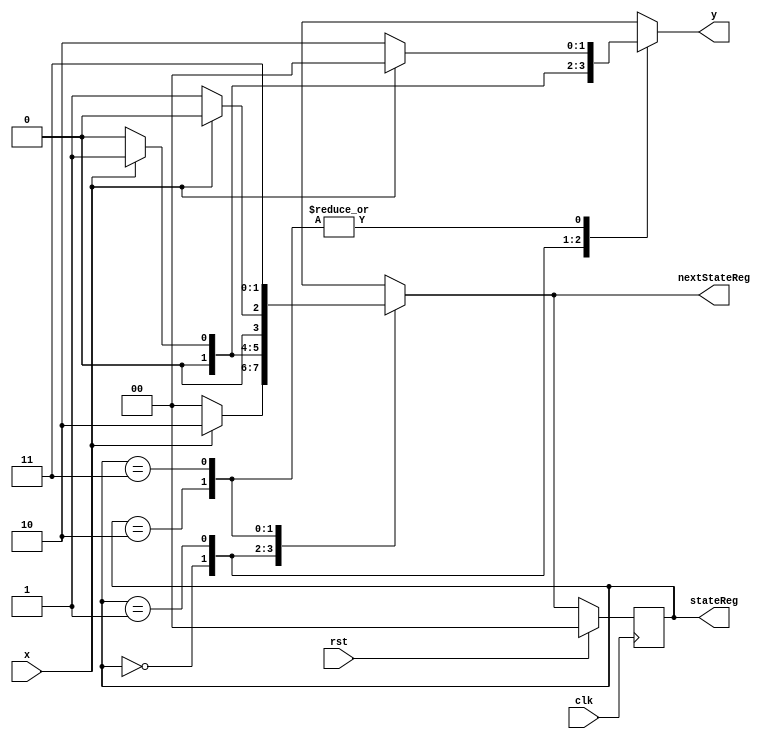
`timescale 1ns / 1ns

module source(y, stateReg, nextStateReg, x, rst, clk);

output reg [1:0]y;
input wire x;
input wire rst;
input wire clk;
parameter S0 = 2'b00,
	S1 = 2'b01,
	S2 = 2'b10,
	S3 = 2'b11;

	
output reg [1:0] stateReg;
output reg [1:0] nextStateReg;

initial begin
	stateReg <= S0;
end

always@(x, stateReg) begin
	case(stateReg)
		S0: begin
			if(x == 0) begin
				nextStateReg <= S0;
				y <= 2'b01;
			end
			else begin
				nextStateReg <= S2;
				y <= 2'b00;
			end
		end
		S1: begin
			if(x == 0) begin
				nextStateReg <= S0;
				y <= 2'b00;
			end
			else begin
				nextStateReg <= S1;
				y <= 2'b01;
			end
		end
		S2: begin
			if(x == 0) begin
				nextStateReg <= S1;
				y <= 2'b10;
			end
			else begin
				nextStateReg <= S0;
				y <= 2'b00;
			end
		end
		S3: begin
			if(x == 0) begin
				nextStateReg <= S3;
				y <= 2'b10;
			end
			else begin
				nextStateReg <= S3;
				y <= 2'b00;
			end

		end
	endcase
end
		
always@(posedge clk) begin
	if(rst) begin
		stateReg <= S0;
	end
	else begin
		stateReg <= nextStateReg;
	end
end

endmodule